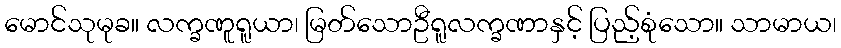
မောင်သုမုခ။ လက္ခဏူရူယာ၊ မြတ်သောဦရူလက္ခဏာနှင့် ပြည့်စုံသော။ သာမာယ၊